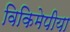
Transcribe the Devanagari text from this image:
विकिमेपीया